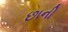
છાની